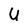
Character: U